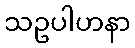
သဥပါဟနာ